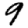
Digit: 9